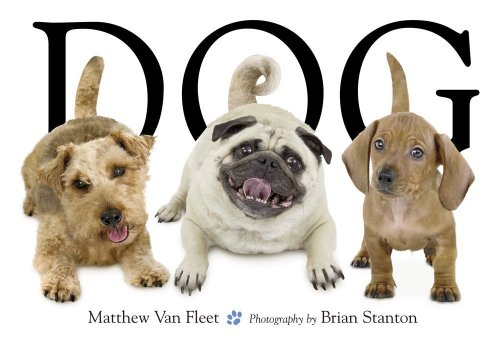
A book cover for Dog; Matthew Van Fleet; Children's Books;